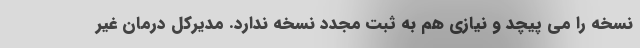
نسخه را می پیچد و نیازی هم به ثبت مجدد نسخه ندارد. مدیرکل درمان غیر